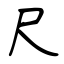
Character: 尺